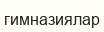
гимназиялар